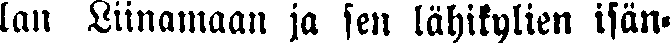
lan Liinamaan ja sen lähikylien isän-